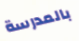
بالمدرسة